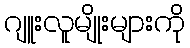
ဂျူးလူမျိုးများကို